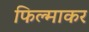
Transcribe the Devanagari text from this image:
फिल्माकर